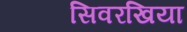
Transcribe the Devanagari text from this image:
सिवरखिया